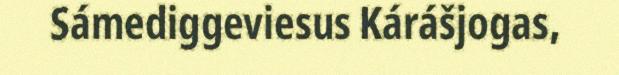
Sámediggeviesus Kárášjogas,